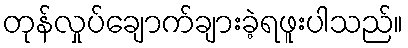
တုန်လှုပ်ချောက်ချားခဲ့ရဖူးပါသည်။